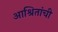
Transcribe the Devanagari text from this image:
आश्रितांची